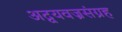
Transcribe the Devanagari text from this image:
अद्वयवज्रसंग्रह